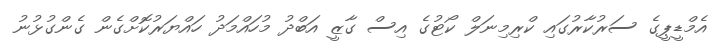
އެމްޑީޕީގެ ސަރުކާރުގައި ކްރިމިނަލް ކޯޓުގެ އިސް ގާޒީ އަބްދު މުހައްމަދު ހައްޔަރުކޮށްގެން ގެންގުޅުނު